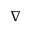
\nabla